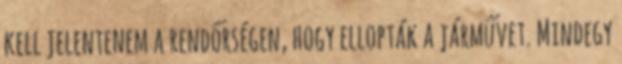
kell jelentenem a rendőrségen, hogy ellopták a járművet. Mindegy